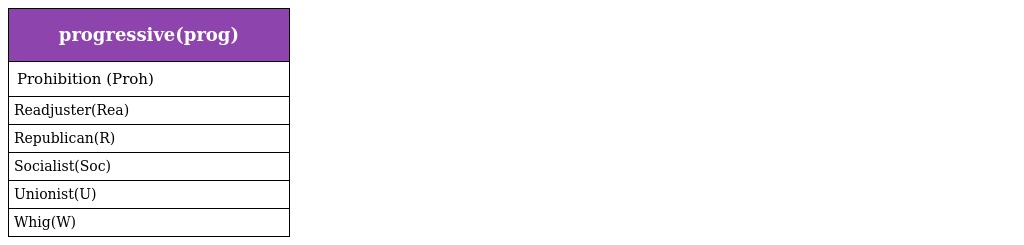
| progressive(prog) |
 | --- |
 | Prohibition (Proh) |
 | Readjuster(Rea) |
 | Republican(R) |
 | Socialist(Soc) |
 | Unionist(U) |
 | Whig(W) |